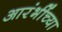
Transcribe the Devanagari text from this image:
आरंभींच्या